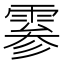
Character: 𫕨